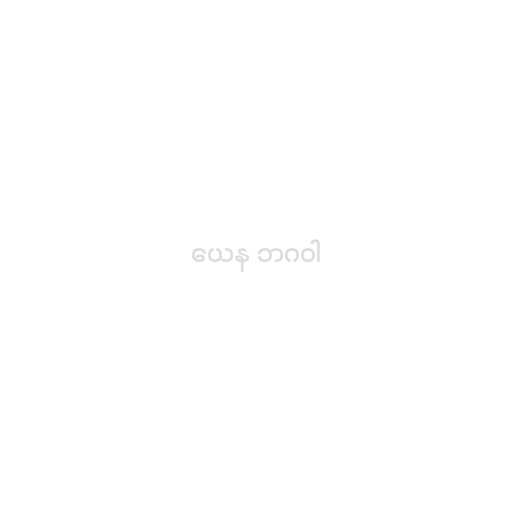
ယေန ဘဂဝါ